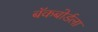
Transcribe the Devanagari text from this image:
बॅकबोर्डला